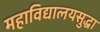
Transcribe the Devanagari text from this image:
महाविद्यालयसुद्धा